Indian journal of veterinary science and animal husbandry - Volume 12,
Year: 1942
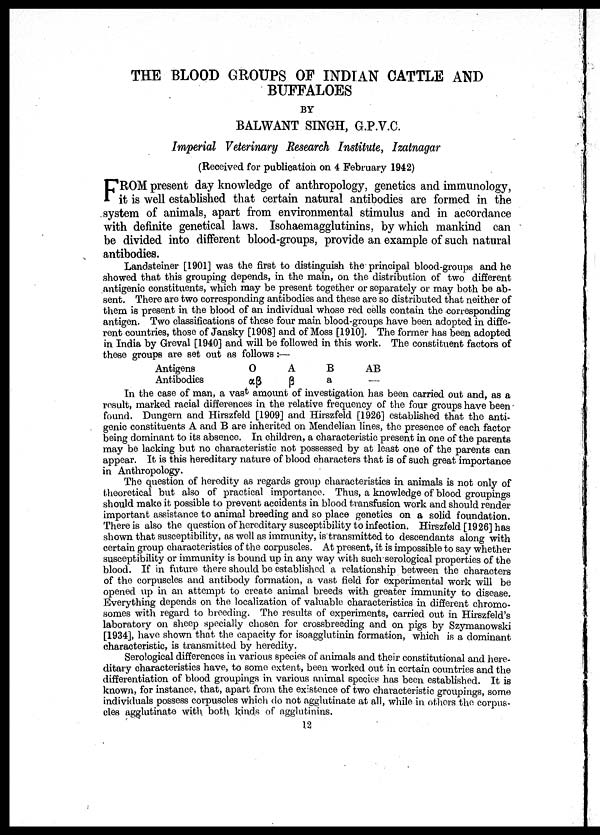
THE BLOOD GROUPS OF INDIAN CATTLE AND
BUFFALOES
BY
BALWANT SINGH, G.P.V.C.
Imperial Veterinary Research Institute, Izatnagar
(Received for publication on 4 February 1942)
F ROM present day knowledge of anthropology, genetics and immunology,
it is well established that certain natural antibodies are formed in the
system of animals, apart from environmental stimulus and in accordance
with definite genetical laws. Isohaemagglutinins, by which mankind can
be divided into different blood-groups, provide an example of such natural
antibodies.
Landsteiner [1901] was the first to distinguish the principal blood-groups and he
showed that this grouping depends, in the main, on the distribution of two different
antigenic constituents, which may be present together or separately or may both be ab
sent. There are two corresponding antibodies and these are so distributed that neither of
them is present in the blood of an individual whose red cells contain the corresponding
antigen. Two classifications of these four main blood-groups have been adopted in diffe
rent countries, those of Jansky [1908] and of Moss [1910]. The former has been adopted
in India by Greval [1940] and will be followed in this work. The constituent factors of
these groups are set out as follows :—
Antigens
Antibodies
O
αβ
A
β
B
a
AB
—
In the case of man, a vast amount of investigation has been carried out and, as a
result, marked racial differences in the relative frequency of the four groups have been
found. Dungern and Hirszfeld [1909] and Hirszfeld [1926] established that the anti
genic constituents A and B are inherited on Mendelian lines, the presence of each factor
being dominant to its absence. In children, a characteristic present in one of the parents
may be lacking but no characteristic not possessed by at least one of the parents can
appear. It is this hereditary nature of blood characters that is of such great importance
in Anthropology.
The question of heredity as regards group characteristics in animals is not only of
theoretical but also of practical importance. Thus, a knowledge of blood groupings
should make it possible to prevent accidents in blood transfusion work and should render
important assistance to animal breeding and so place genetics on a solid foundation.
There is also the question of hereditary susceptibility to infection. Hirszfeld [1926] has
shown that susceptibility, as well as immunity, is transmitted to descendants along with
certain group characteristics of the corpuscles. At present, it is impossible to say whether
susceptibility or immunity is bound up in any way with such serological properties of the
blood. If in future there should be established a relationship between the characters
of the corpuscles and antibody formation, a vast field for experimental work will be
opened up in an attempt to create animal breeds with greater immunity to disease.
Everything depends on the localization of valuable characteristics in different chromo
somes with regard to breeding. The results of experiments, carried out in Hirszfeld's
laboratory on sheep specially chosen for crossbreeding and on pigs by Szymanowski
[1934], have shown that the capacity for isoagglutinin formation, which is a dominant
characteristic, is transmitted by heredity.
Serological differences in various species of animals and their constitutional and here
ditary characteristics have, to some extent, been worked out in certain countries and the
differentiation of blood groupings in various animal species has been established. It is
known, for instance, that, apart from the existence of two characteristic groupings, some
individuals possess corpuscles which do not agglutinate at all, while in others the corpus
cles agglutinate with both kinds of agglutinins.
12